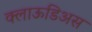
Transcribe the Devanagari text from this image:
क्लाऊडिअस